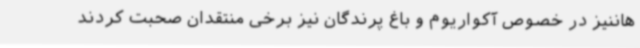
هاننیز در خصوص آکواریوم و باغ پرندگان نیز برخی منتقدان صحبت کردند